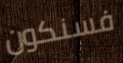
فسنكون